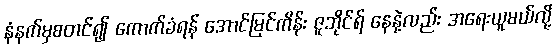
နံနက်မှစတင်၍ ကောက်ခံရန် အောင်မြင်ကိန်း ဇူဘိုင်ရ် နေနဲ့လည်း အရေးယူမယ်လို့